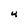
Character: 4